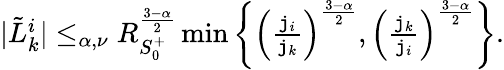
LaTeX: \begin{array}{r}{|\tilde{L}_{k}^{i}|\le_{\alpha,\nu}R_{S_{0}^{+}}^{\frac{3-\alpha}2}\operatorname*{min}\left\{ \left(\frac{\mathtt{j}_{i}}{\mathtt{j}_{k}}\right)^{\frac{3-\alpha}2},\left(\frac{\mathtt{j}_{k}}{\mathtt{j}_{i}}\right)^{\frac{3-\alpha}2}\right\} .}\end{array}